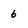
Character: 6